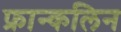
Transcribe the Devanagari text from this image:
फ्रान्कलिन